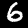
Label: 6